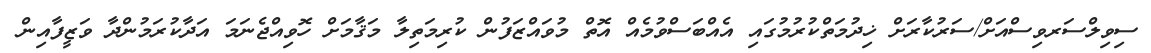
ސިވިލްސަރވިސްއަށް/ސަރުކާރަށް ޚިދުމަތްކުރުމުގައި އެއްބަސްވުމެއް އޮތް މުވައްޒަފުން ކުރިމަތިލާ މަޤާމަށް ހޮވިއްޖެނަމަ އަދާކުރަމުންދާ ވަޒީފާއިން